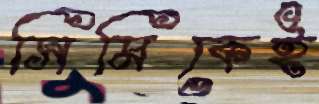
সিমিকেই